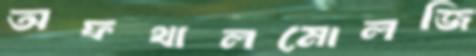
অফথালমোলজি